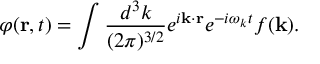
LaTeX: \varphi ( { \bf r } , t ) = \int \frac { d ^ { 3 } k } { ( 2 \pi ) ^ { 3 / 2 } } e ^ { i { \bf k } \cdot { \bf r } } e ^ { - i \omega _ { k } t } f ( { \bf k } ) .